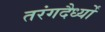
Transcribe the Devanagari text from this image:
तरंगदैर्ध्‍यों